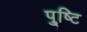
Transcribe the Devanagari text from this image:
पु्ष्टि